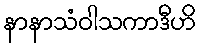
နာနာသံဝါသကာဒီဟိ